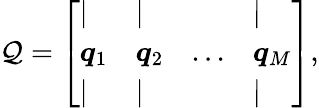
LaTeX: \mathcal{Q}=\left[\begin{array}{llll}{\vert}&{\vert}&{~}&{\vert}\\ {\boldsymbol{q}_{1}}&{\boldsymbol{q}_{2}}&{...}&{\boldsymbol{q}_{M}}\\ {\vert}&{\vert}&{~}&{\vert}\end{array}\right],